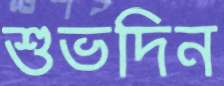
শুভদিন